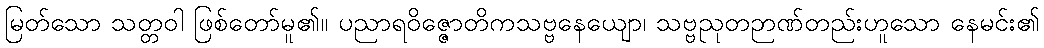
မြတ်သော သတ္တဝါ ဖြစ်တော်မူ၏။ ပညာရဝိဇ္ဇောတိကသဗ္ဗနေယျော၊ သဗ္ဗညုတဉာဏ်တည်းဟူသော နေမင်း၏